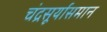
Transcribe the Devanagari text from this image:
चंद्रसूर्यासमान